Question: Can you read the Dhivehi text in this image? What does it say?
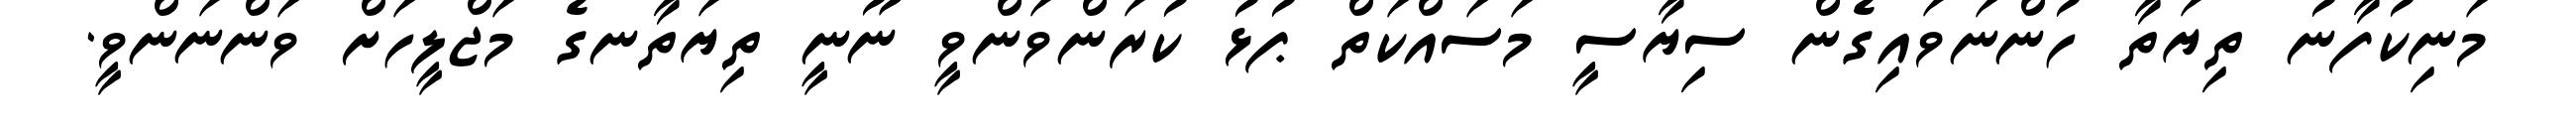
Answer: މަނިކުފާނު ތިޔަތާ ހުންނަވައިގެން ސިޔާސީ މަސައްކަތް ޕުޅު ކުރަންވަންވީ ނޫނީ ތިޔަތާނގެ މަޖްލީހަށް ވަންނަންވީ.